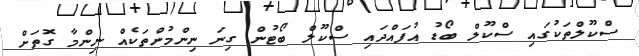
ސްކޫލްތަކުގައި ސްކޫލް ބޯޑު އުފައްދައި ސްކޫލް ބޯޓުން ގިނަ ނިންމުންތަކެއް ނިންމާ ގޮތަށް